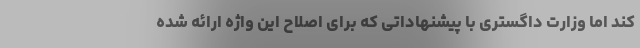
کند اما وزارت داگستری با پیشنهاداتی که برای اصلاح این واژه ارائه شده